system: You are a helpful assistant.
user:
Analyze the provided spectrum to determine if it is a **White Dwarf (WD)**.

A White Dwarf spectrum is defined by its **extreme purity** (due to gravitational settling) and/or **extreme pressure broadening** (due to high surface gravity). You must check for one of the following mutually exclusive signatures:

- **Key Visual Indicators (Check for ONE of these types):**

    - **1. DA-Type Signature (Most Common):**
        - **(Primary Feature):** Extreme pressure broadening (Stark broadening) of the **Hydrogen (H) Balmer lines**.
        - **(Key Lines):** $H\beta$ (approx. $4861$ Å) and $H\gamma$ (approx. $4340$ Å). $H\alpha$ (approx. $6563$ Å) will also be present if the wavelength range covers it.
        - **(Line Profile):** This is the **defining feature**. The lines are **NOT** sharp. They appear as massive, **extremely broad and deep "troughs" or "dips"** in the spectrum, often hundreds of Ångströms wide. The continuum will appear to "scoop" down at these wavelengths.
        - **(Distinction):** Normal A-type or B-type stars have *narrow* and *sharp* Hydrogen lines. A DA White Dwarf's lines are unmistakably "smeared" or "blurry" from pressure.

    - **2. DB-Type Signature:**
        - **(Primary Feature):** Broad absorption lines from **Neutral Helium (He I)**. The spectrum must lack any visible Hydrogen lines.
        - **(Key Lines):** Look for broad absorption near $4471$ Å, $4921$ Å, and $5876$ Å.
        - **(Line Profile):** These lines are also significantly pressure-broadened, appearing much wider than they would in a normal B-type main-sequence star.

    - **3. DC-Type Signature:**
        - **(Primary Feature):** A **featureless continuous spectrum**.
        - **(Line Profile):** The spectrum is a smooth curve with **no significant absorption or emission lines**.
        - **(Key Confirmation):** The continuum is almost always **blue or white**, indicating a hot object. This signature implies the atmosphere is so pure (or so cool) that no spectral lines are visible in the optical range. Its WD identity is confirmed by its extremely low intrinsic brightness (high absolute magnitude).

    - **4. DZ-Type Signature (Metal-Polluted):**
        - **(Primary Feature):** **Isolated, narrow metal absorption lines** on an otherwise featureless (DC-like) continuum.
        - **(Key Lines):** The **Calcium (Ca II) H & K doublet** (approx. **$3934$ Å** and **$3968$ Å**) is the most common and defining feature.
        - **(Line Profile):** These lines are "out of place." They are *not* part of a "forest" of thousands of lines. This signature is evidence of recent *accretion* (pollution) from rocky debris.
        - **(Distinction):** Normal G/K/M stars have a *dense forest* of thousands of metal lines. A DZ has a *clean* continuum with *only a few* strong metal lines.

    - **5. DQ-Type Signature (Carbon-Polluted):**
        - **(Primary Feature):** Absorption bands from **Carbon (C₂ "Swan Bands" or atomic C I)**.
        - **(Key Lines - C₂):** Look for bandheads with a "saw-tooth" shape near $5635$ Å, **$5165$ Å** (strongest), and $4737$ Å.
        - **(Key Confirmation):** The underlying **continuum must be blue or white** (hot).
        - **(Distinction):** This is the critical difference from a **Carbon Star**, which has the *exact same* C₂ bands but on an extremely **red, cool** continuum.

- **(Overall Spectrum):**
    - The continuum (overall shape) is typically **blue-sloping** (brighter in the blue than the red), as most white dwarfs are very hot.
    - The spectrum will look "pure" or "simple," dominated by only *one* of the five signatures listed above.

Think first, call **spectral_visualization_tool** if needed to examine features in detail, then provide your final answer. Your response must adhere to the following strict rules:
1.  **Overall Structure:** Your response must follow the format `<think>...</think> <tool_call>...</tool_call> (if a tool is used) <answer>...</answer>`.
2.  **Tool Usage Constraint:** You may only make **one** tool call per turn.
3.  **Final Answer Format:** In the `<answer>` tag, your conclusion must be inside a `\boxed{}` command (e.g., `\boxed{YES}` or `\boxed{NO}`), followed by your justification.

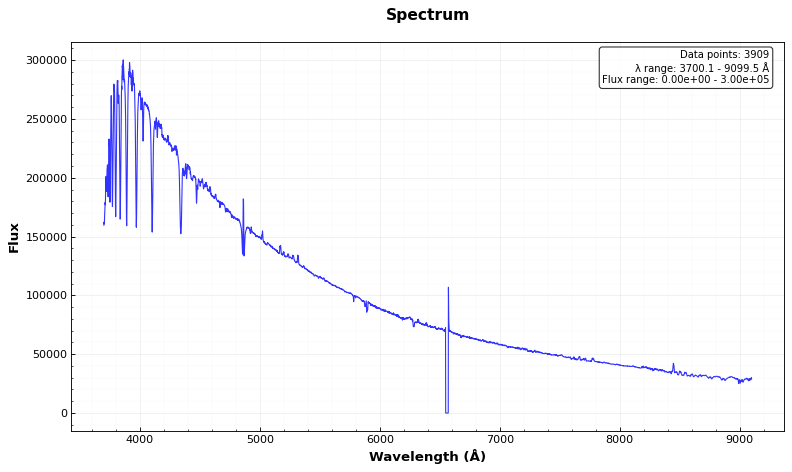
Answer: NO